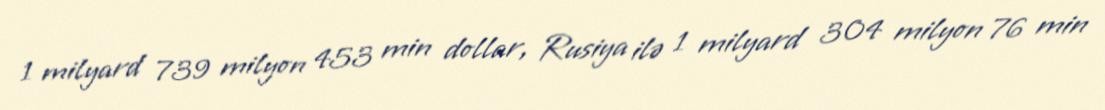
1 milyard 739 milyon 453 min dollar, Rusiya ilə 1 milyard 304 milyon 76 min